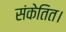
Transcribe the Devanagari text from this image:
संकेतित।